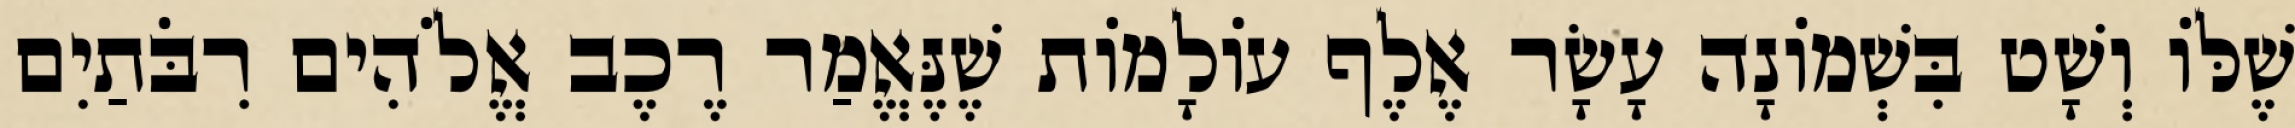
שֶׁלּוֹ וְשָׁט בִּשְׁמוֹנָה עָשָׂר אֶלֶף עוֹלָמוֹת שֶׁנֶּאֱמַר רֶכֶב אֱלֹהִים רִבֹּתַיִם